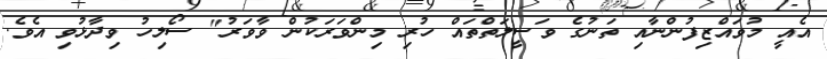
އެއީ މުވައްޒިފުންނާއި ތަނުގެ ވަސީލަތްތައް ހުރި މިންވަރަކުން ވާވަރު" ސޯލިހު ވިދާޅުވި އެވެ.